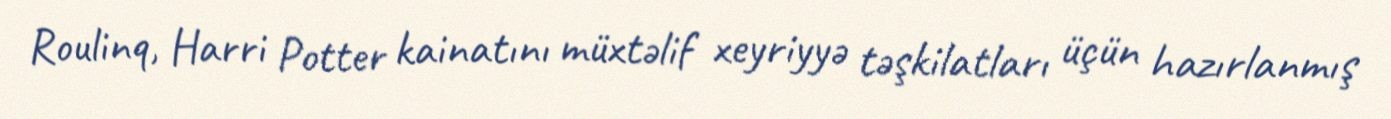
Roulinq, Harri Potter kainatını müxtəlif xeyriyyə təşkilatları üçün hazırlanmış